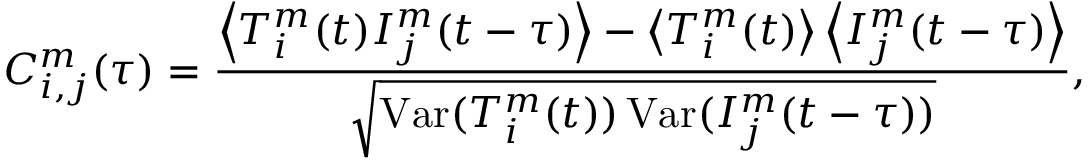
C _ { i , j } ^ { m } ( \tau ) = \frac { \left\langle T _ { i } ^ { m } ( t ) I _ { j } ^ { m } ( t - \tau ) \right\rangle - \left\langle T _ { i } ^ { m } ( t ) \right\rangle \left\langle I _ { j } ^ { m } ( t - \tau ) \right\rangle } { \sqrt { \operatorname { V a r } ( T _ { i } ^ { m } ( t ) ) \operatorname { V a r } ( I _ { j } ^ { m } ( t - \tau ) ) } } ,